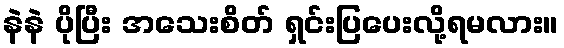
နဲနဲ ပိုပြီး အသေးစိတ် ရှင်းပြပေးလို့ရမလား။